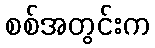
စစ်အတွင်းက